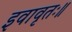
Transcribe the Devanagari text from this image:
इवावृतः॥